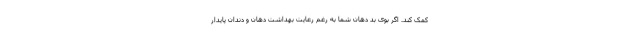
کمک کند. اگر بوی بد دهان شما به رغم رعایت بهداشت دهان و دندان پایدار